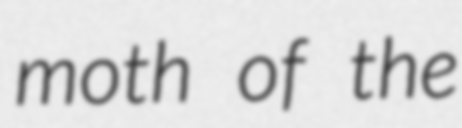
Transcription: moth of the